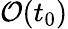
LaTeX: \mathcal{O}(t_{0})